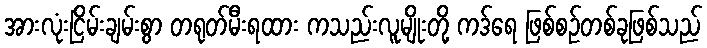
အားလုံးငြိမ်းချမ်းစွာ တရုတ်မီးရထား ကသည်းလူမျိုးတို့ ကဒ်ရေ ဖြစ်စဉ်တစ်ခုဖြစ်သည်